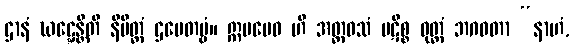
ဌာနံ ဃဋ္ဋေန္တီတိ နိမိတ္တံ ဌပေတဗ္ဗံ။ ဣမမေဝ ဟိ အတ္ထဝသံ ပဋိစ္စ ဝုတ္တံ ဘဂဝတာ “နာဟံ,